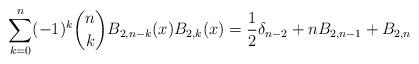
LaTeX: \begin{align*} \sum_{k=0}^{n} (-1)^k\binom{n}{k}B_{2,n-k}(x)B_{2,k}(x) =\frac{1}{2}\delta_{n-2}+nB_{2,n-1}+B_{2,n} \end{align*}